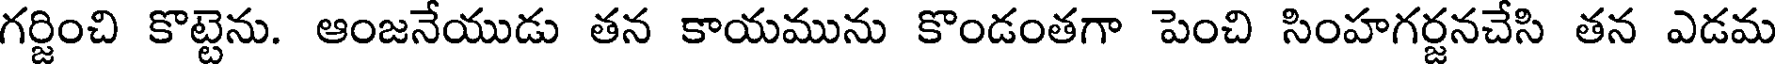
గర్జించి కొట్టెను. ఆంజనేయుడు తన కాయమును కొండంతగా పెంచి సింహగర్జనచేసి తన ఎడమ